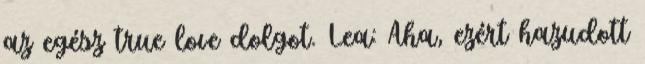
az egész true love dolgot. Lea: Aha, ezért hazudott